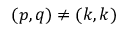
( p , q ) \neq ( k , k )